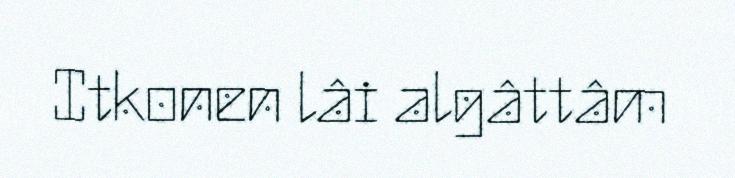
Itkonen lâi algâttâm